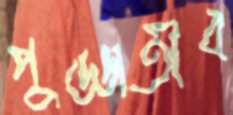
পুড্ডাতীব